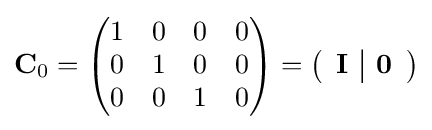
\mathbf {C} _{0}={\begin{pmatrix}1&0&0&0\\0&1&0&0\\0&0&1&0\end{pmatrix}}=\left({\begin{array}{c|c}\mathbf {I} &\mathbf {0} \end{array}}\right)